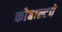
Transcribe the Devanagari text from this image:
कोबाल्टचे